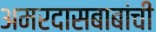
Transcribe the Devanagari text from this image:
अमरदासबाबांची